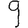
Digit: 9